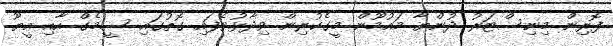
ފޮރިން މިނިސްޓަރު ދުންޔާ މައުމޫން މީގެކުރިން ވިދާޅުވެފައި ގޮތުގައި ސީމެގް އާއި އީޔޫ